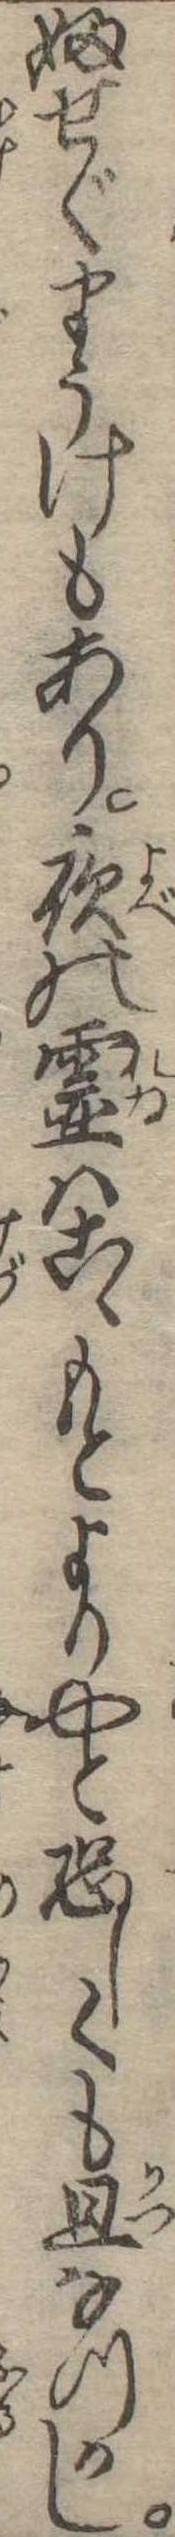
ふせぐまうけもあり夜の霊はこゝもとよりやと恐しくも且なつかし